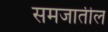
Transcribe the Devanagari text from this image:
समजातील